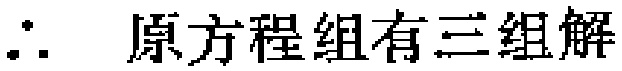
\(\therefore\) 原方程组有三组解